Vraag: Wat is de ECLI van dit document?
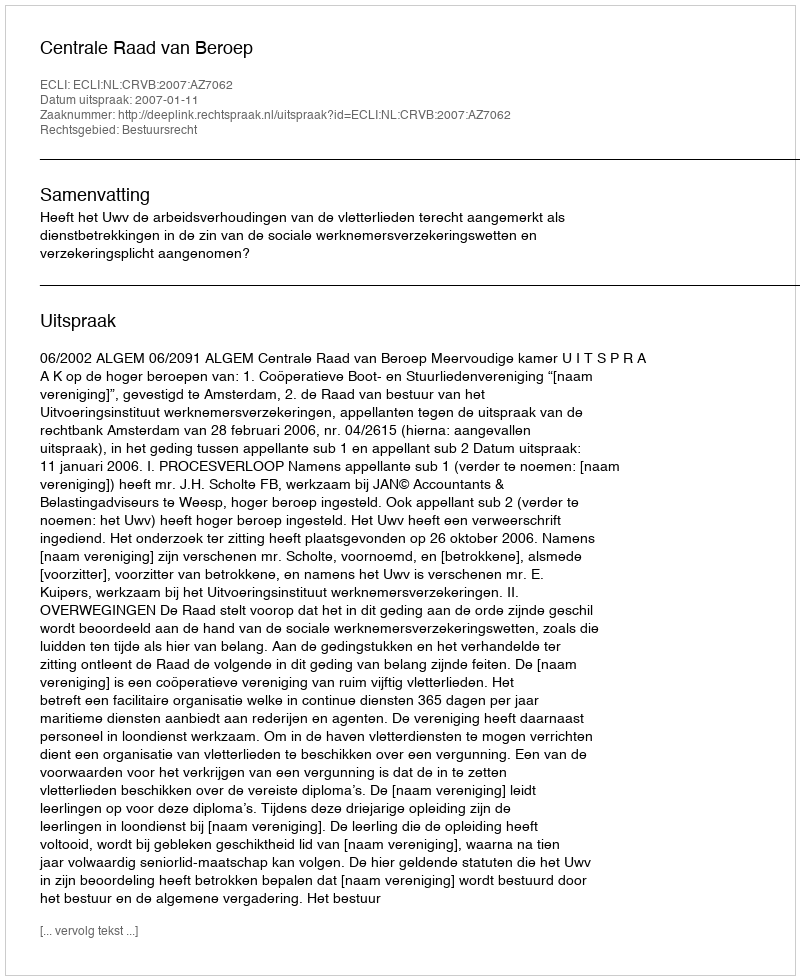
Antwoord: ECLI:NL:CRVB:2007:AZ7062